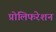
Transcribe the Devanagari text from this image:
प्रोलिफरेशन